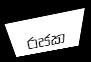
රජක